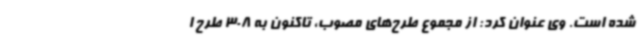
شده است. وی عنوان کرد: از مجموع طرح‌های مصوب، تاکنون به 308 طرح ا